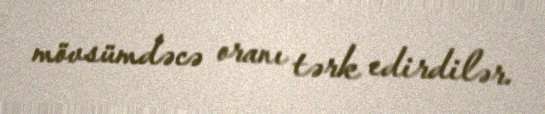
mövsümdəcə oranı tərk edirdilər.